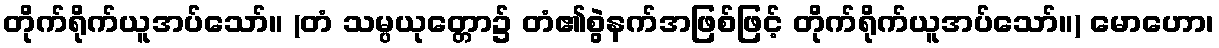
တိုက်ရိုက်ယူအပ်သော်။ (တံ သမ္ပယုတ္တော၌ တံ၏စွဲနက်အဖြစ်ဖြင့် တိုက်ရိုက်ယူအပ်သော်။) မောဟော၊